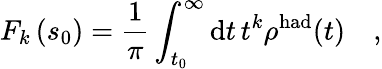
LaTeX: F_{k}\left(s_{0}\right)=\frac{1}{\pi}\int_{t_{0}}^{\infty}\mathrm{d}t\, t^{k}\rho^{\mathrm{had}}(t)\quad,